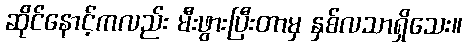
ဆိုင်နောင့်ကလည်း မီးဖွားပြီးတာမှ နှစ်လသာရှိသေး။